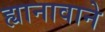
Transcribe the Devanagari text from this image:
ह्यानावाने